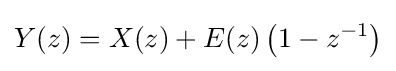
Y(z)=X(z)+E(z)\left(1-z^{-1}\right)